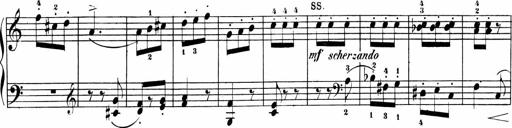
Title: Sonatinen Op.47, 98 und 136, nebst 6 Liedersonatinen
Composer: Carl Reinecke